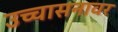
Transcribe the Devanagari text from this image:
उच्चासनावर